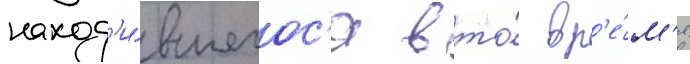
наход'и́вшегос'я в то́ вр'е́м'я